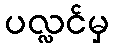
ပလ္လင်မှ